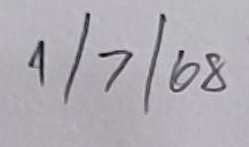
1/7/68